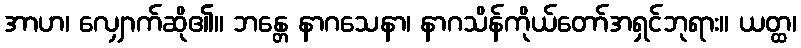
အာဟ၊ လျှောက်ဆို၏။ ဘန္တေ နာဂသေနာ၊ နာဂသိန်ကိုယ်တော်အရှင်ဘုရား။ ယတ္ထ၊